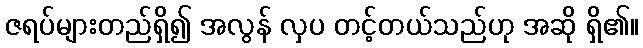
ဇရပ်များတည်ရှိ၍ အလွန် လှပ တင့်တယ်သည်ဟု အဆို ရှိ၏။